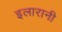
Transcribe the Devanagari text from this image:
इलारानी